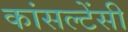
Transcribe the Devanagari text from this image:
कांसल्टेंसी